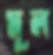
মূল